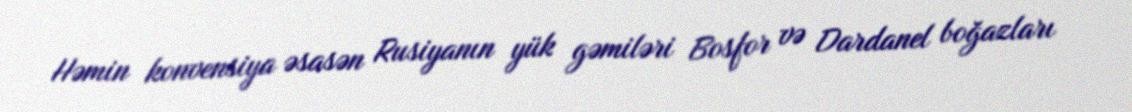
Həmin konvensiya əsasən Rusiyanın yük gəmiləri Bosfor və Dardanel boğazları